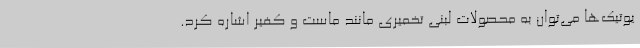
یوتیک‌ها می‌توان به محصولات لبنی تخمیری مانند ماست و کفیر اشاره کرد.